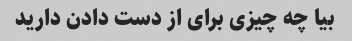
بیا چه چیزی برای از دست دادن دارید